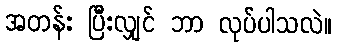
အတန်း ပြီးလျှင် ဘာ လုပ်ပါသလဲ။